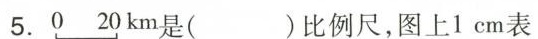
5.0 20km是( )比例尺，图上1cm表